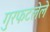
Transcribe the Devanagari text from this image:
गुरफटलेले